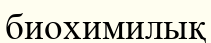
биохимилық